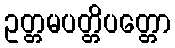
ဥတ္တမပတ္တိပတ္တော